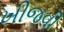
ખીજવી